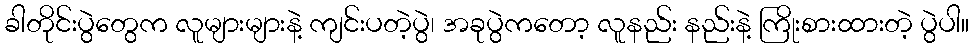
ခါတိုင်းပွဲတွေက လူများများနဲ့ ကျင်းပတဲ့ပွဲ၊ အခုပွဲကတော့ လူနည်း နည်းနဲ့ ကြိုးစားထားတဲ့ ပွဲပါ။